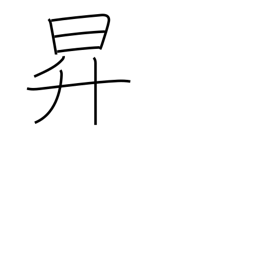
Meaning: rise up